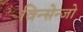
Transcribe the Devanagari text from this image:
विन्सेन्जो